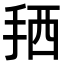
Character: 𢬣